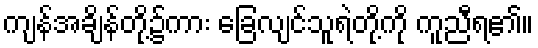
ကျန်အချိန်တို့၌ကား ခြေလျင်သူရဲတို့ကို ကူညီရ၏။